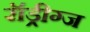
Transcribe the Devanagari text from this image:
रॉड्रीग्ज